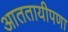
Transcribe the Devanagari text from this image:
आततायीपणा